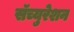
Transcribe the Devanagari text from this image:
सॅच्युरेशन